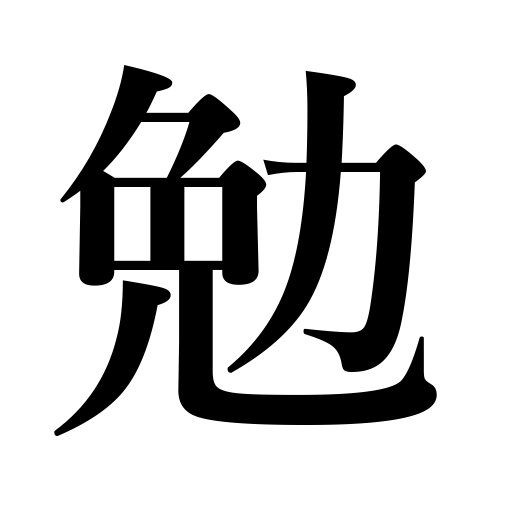
Meanings: serve under,play the part of,serve,be diligent,exert oneself,endeavor,fill a post,work